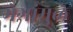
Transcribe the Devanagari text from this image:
भेगांमुळे